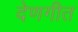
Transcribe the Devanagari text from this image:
देणगीत